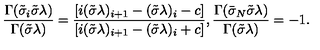
\frac { \Gamma ( \tilde { \sigma } _ { i } \tilde { \sigma } \lambda ) } { \Gamma ( \tilde { \sigma } \lambda ) } = \frac { [ i ( \tilde { \sigma } \lambda ) _ { i + 1 } - ( \tilde { \sigma } \lambda ) _ { i } - c ] } { [ i ( \tilde { \sigma } \lambda ) _ { i + 1 } - ( \tilde { \sigma } \lambda ) _ { i } + c ] } , \frac { \Gamma ( \bar { \sigma } _ { N } \tilde { \sigma } \lambda ) } { \Gamma ( \tilde { \sigma } \lambda ) } = - 1 .